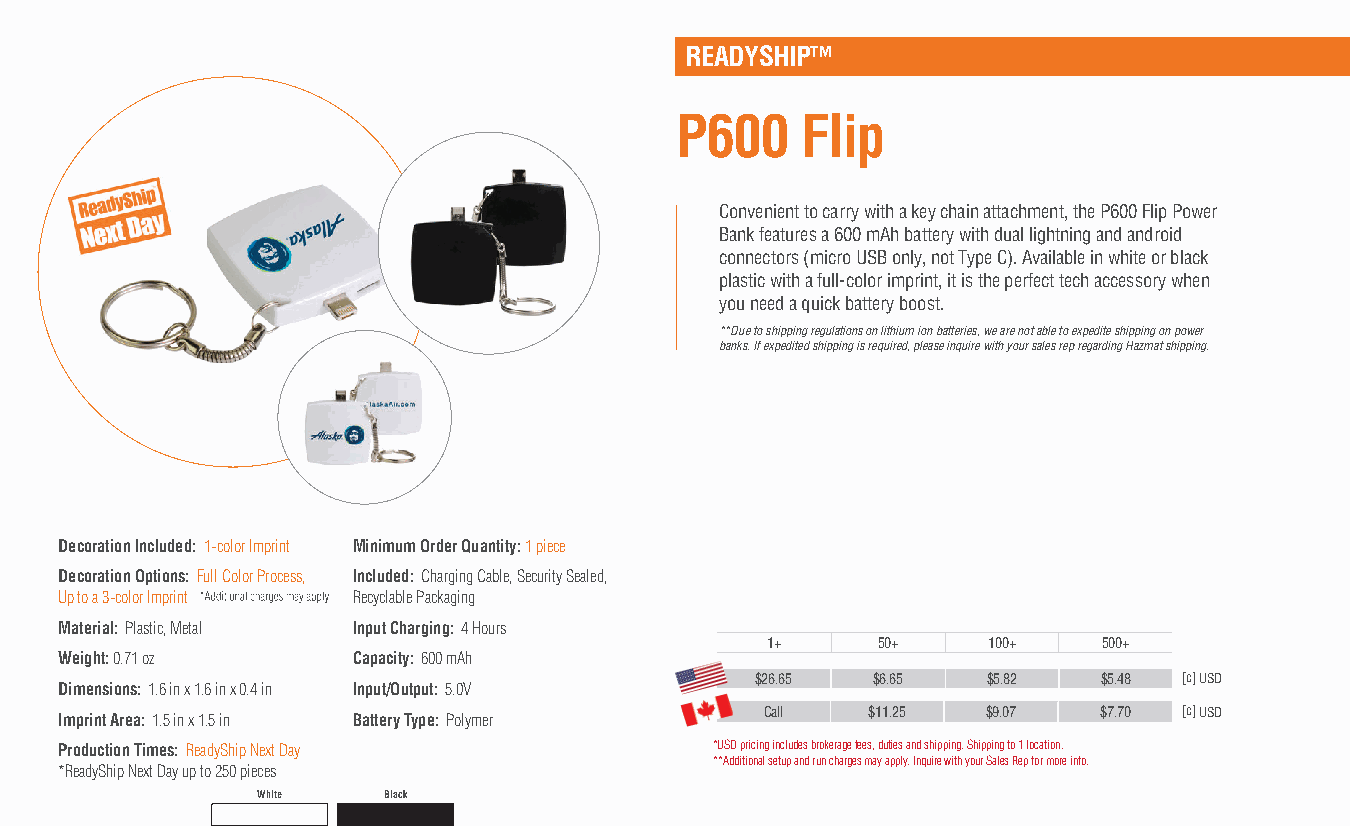
READYSHIP™
 P600    Flip
 Convenient to carry with a key chain attachment, the P600 Flip Power
 Bank features a 600 mAh battery with dual lightning and android
 connectors (micro USB only, not Type C). Available in white or black
 plastic with a full-color imprint, it is the perfect tech accessory when
 you need a quick battery boost.
 **Due to shipping regulations on lithium ion batteries, we are not able to expedite shipping on power
 banks. If expedited shipping is required, please inquire with your sales rep regarding Hazmat shipping.
 Decoration Included: 1-color Imprint Minimum Order Quantity: 1 piece
 Decoration Options: Full Color Process, Included: Charging Cable, Security Sealed,
 Up to a 3-color Imprint Recyclable Packaging
 Material: Plastic, Metal Input Charging: 4 Hours
 1+     50+    100+    500+
 Weight: 0.71 oz    Capacity: 600 mAh
 $26.65  $6.65  $5.82   $5.48 [c] USD
 Dimensions: 1.6 in x 1.6 in x 0.4 in Input/Output: 5.0V
 Imprint Area: 1.5 in x 1.5 in Battery Type: Polymer Call $11.25 $9.07 $7.70 [c] USD
 Production Times: ReadyShip Next Day       *USD pricing includes brokerage fees, duties and shipping. Shipping to 1 location.
 **Additional setup and run charges may apply. Inquire with your Sales Rep for more info.
 *ReadyShip Next Day up to 250 pieces
 White   Black